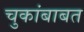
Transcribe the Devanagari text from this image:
चुकांबाबत